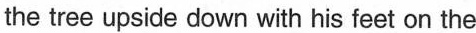
the tree upside down with his feet on the